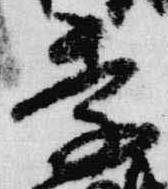
季